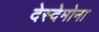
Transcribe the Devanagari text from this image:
देस्देमोना